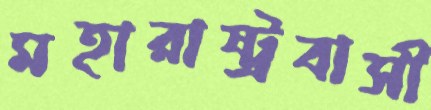
মহারাষ্ট্রবাসী